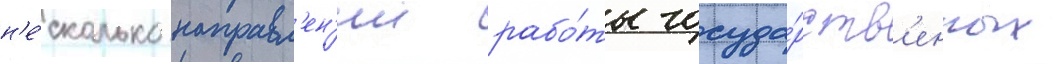
н'е́сколько направл'ен'ии рабо́ты госуда́рств'енных